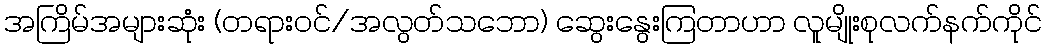
အကြိမ်အများဆုံး (တရားဝင်/အလွတ်သဘော) ဆွေးနွေးကြတာဟာ လူမျိုးစုလက်နက်ကိုင်